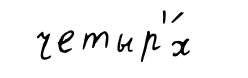
четыр'́х